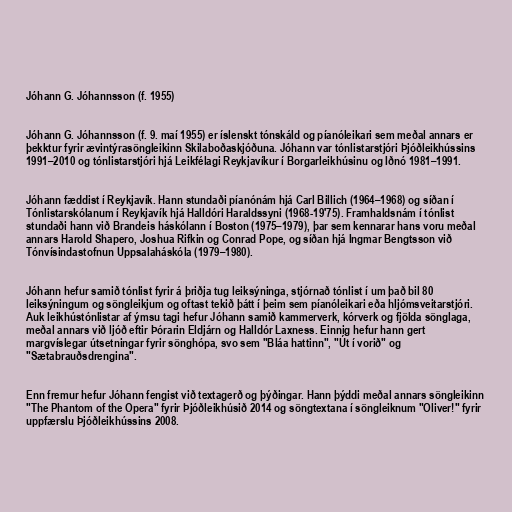
Jóhann G. Jóhannsson (f. 1955)

Jóhann G. Jóhannsson (f. 9. maí 1955) er íslenskt tónskáld og píanóleikari sem meðal annars er
þekktur fyrir ævintýrasöngleikinn Skilaboðaskjóðuna. Jóhann var tónlistarstjóri Þjóðleikhússins
1991–2010 og tónlistarstjóri hjá Leikfélagi Reykjavíkur í Borgarleikhúsinu og Iðnó 1981–1991.

Jóhann fæddist í Reykjavík. Hann stundaði píanónám hjá Carl Billich (1964–1968) og síðan í
Tónlistarskólanum í Reykjavík hjá Halldóri Haraldssyni (1968-19'75). Framhaldsnám í tónlist
stundaði hann við Brandeis háskólann í Boston (1975–1979), þar sem kennarar hans voru meðal
annars Harold Shapero, Joshua Rifkin og Conrad Pope, og síðan hjá Ingmar Bengtsson við
Tónvísindastofnun Uppsalaháskóla (1979–1980).

Jóhann hefur samið tónlist fyrir á þriðja tug leiksýninga, stjórnað tónlist í um það bil 80
leiksýningum og söngleikjum og oftast tekið þátt í þeim sem píanóleikari eða hljómsveitarstjóri.
Auk leikhústónlistar af ýmsu tagi hefur Jóhann samið kammerverk, kórverk og fjölda sönglaga,
meðal annars við ljóð eftir Þórarin Eldjárn og Halldór Laxness. Einnig hefur hann gert
margvíslegar útsetningar fyrir sönghópa, svo sem "Bláa hattinn", "Út í vorið" og
"Sætabrauðsdrengina".

Enn fremur hefur Jóhann fengist við textagerð og þýðingar. Hann þýddi meðal annars söngleikinn
"The Phantom of the Opera" fyrir Þjóðleikhúsið 2014 og söngtextana í söngleiknum "Oliver!" fyrir
uppfærslu Þjóðleikhússins 2008.